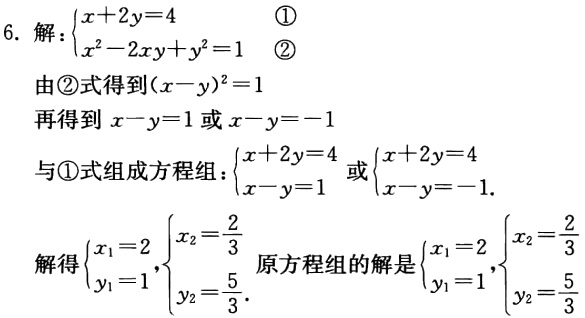
6. 解：\(\begin{cases}x + 2y = 4 & \textcircled{1}\\x^{2}-2xy + y^{2}=1 & \textcircled{2}\end{cases}\)

由\textcircled{2}式得到\((x - y)^{2}=1\)

再得到 \(x - y = 1\) 或 \(x - y = -1\)

与\textcircled{1}式组成方程组：\(\begin{cases}x + 2y = 4\\x - y = 1\end{cases}\) 或 \(\begin{cases}x + 2y = 4\\x - y = -1\end{cases}\)

解得\(\begin{cases}x_{1}=2\\y_{1}=1\end{cases}\)，\(\begin{cases}x_{2}=\frac{2}{3}\\y_{2}=\frac{5}{3}\end{cases}\) 原方程组的解是\(\begin{cases}x_{1}=2\\y_{1}=1\end{cases}\)，\(\begin{cases}x_{2}=\frac{2}{3}\\y_{2}=\frac{5}{3}\end{cases}\)